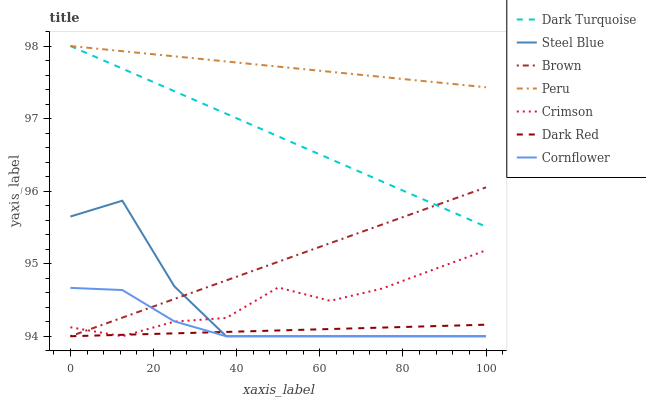
| xaxis_label | Dark Turquoise | Steel Blue | Brown | Peru | Crimson | Dark Red | Cornflower |
 | --- | --- | --- | --- | --- | --- | --- | --- |
 | 0 | 98 | 95.6 | 94 | 98 | 94.1 | 94 | 94.7 |
 | 12.5 | 97.7 | 95.9 | 94.3 | 97.9 | 94 | 94 | 94.6 |
 | 25 | 97.4 | 94.7 | 94.5 | 97.9 | 94.2 | 94 | 94.2 |
 | 37.5 | 97.1 | 94 | 94.8 | 97.8 | 94.3 | 94.1 | 94 |
 | 50 | 96.8 | 94 | 95 | 97.7 | 94.7 | 94.1 | 94 |
 | 62.5 | 96.4 | 94 | 95.3 | 97.6 | 94.5 | 94.1 | 94 |
 | 75 | 96.1 | 94 | 95.5 | 97.6 | 94.7 | 94.1 | 94 |
 | 87.5 | 95.8 | 94 | 95.8 | 97.5 | 94.9 | 94.1 | 94 |
 | 100 | 95.5 | 94 | 96.1 | 97.4 | 95.2 | 94.2 | 94 |